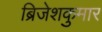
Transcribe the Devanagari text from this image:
ब्रिजेशकुमार